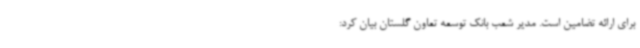
برای ارائه تضامین است. مدیر شعب بانک توسعه تعاون گلستان بیان کرد: